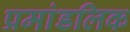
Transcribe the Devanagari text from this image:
प्रमांडलिक